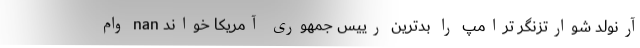
آرنولد شوارتزنگر ترامپ را بدترین رییس جمهوری آمریکا خواند nan وام